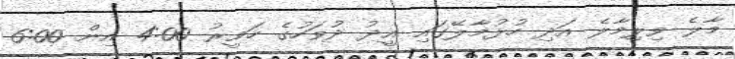
މާލެ ވިލިމާލެ އަދި ހުޅުމާލޭގައި އީދު ދުވަހުގެ ހަވީރު 4:00 އިން 6:00